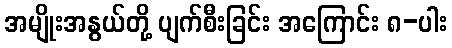
အမျိုးအနွယ်တို့ ပျက်စီးခြင်း အကြောင်း ၈-ပါး